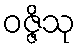
ဝဇ္ဇိသု